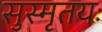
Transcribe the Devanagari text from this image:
सुस्मृतयः